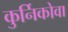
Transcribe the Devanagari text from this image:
कुर्निकोवा